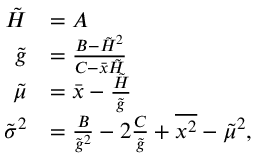
\begin{array} { r l } { \tilde { H } } & { = A } \\ { \tilde { g } } & { = \frac { B - \tilde { H } ^ { 2 } } { C - \bar { x } \tilde { H } } } \\ { \tilde { \mu } } & { = \bar { x } - \frac { \tilde { H } } { \tilde { g } } } \\ { \tilde { \sigma } ^ { 2 } } & { = \frac { B } { \tilde { g } ^ { 2 } } - 2 \frac { C } { \tilde { g } } + \overline { { x ^ { 2 } } } - \tilde { \mu } ^ { 2 } , } \end{array}